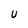
Character: U